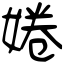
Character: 婘